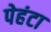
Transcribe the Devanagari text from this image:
पेहंटा